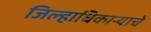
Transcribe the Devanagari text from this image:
जिल्हाधिकाऱ्याचे